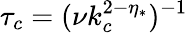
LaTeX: \tau_{c}=(\nu k_{c}^{2-\eta_{*}})^{-1}